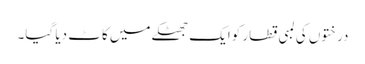
درختوں کی لمبی قطار کوایک جھٹکے میں کاٹ دیا گیا۔